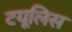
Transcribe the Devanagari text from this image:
टयूलिस